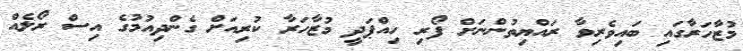
މުޒާހަރާގައި ބައިވެރިވާ ރައްޔިތުންނަށް ފޯރި ހިއްޕަދީ މުޒާހަރާ ކުރިއަށް ގެންދިއުމުގެ އިސް ރޯލެއް